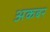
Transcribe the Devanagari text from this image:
अकबर